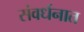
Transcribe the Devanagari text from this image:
संवर्धनात